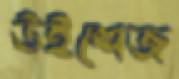
উইশেজ